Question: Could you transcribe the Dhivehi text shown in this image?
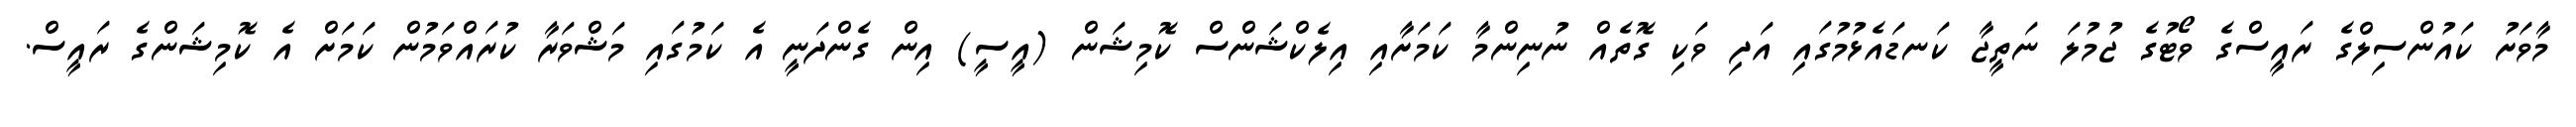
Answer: މާވަށު ކައުންސިލްގެ ރައީސްގެ ވޯޓުގެ ޖުމުލަ ނަތީޖާ ކަނޑައެޅުމުގައި އަދި ވަކި ގޮތެއް ނުނިންމާ ކަމަށާއި އިލެކްޝަންސް ކޮމިޝަން (އީސީ) އިން ގެންދަނީ އެ ކަމުގައި މަޝްވަރާ ކުރައްވަމުން ކަމަށް އެ ކޮމިޝަންގެ ރައީސް.